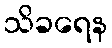
သိခရေန